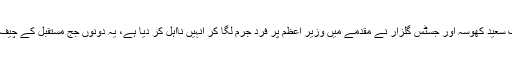
جسٹس آصف سعید کھوسہ اور جسٹس گلزار نے مقدمے میں وزیر اعظم پر فرد جرم لگا کر انہیں نااہل کر دیا ہے، یہ دونوں جج مستقبل کے چیف جسٹس ہیں۔